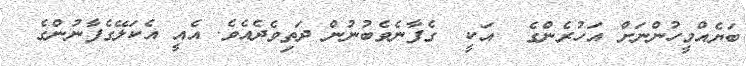
ބަޔެއްމީހުންނަށް އަހުރެންގެ  އަކީ  ގެފާނެވެބުނުން ދަތިވެދެއެވެ. އެއީ އެކަލޭގެފާނުންގެ